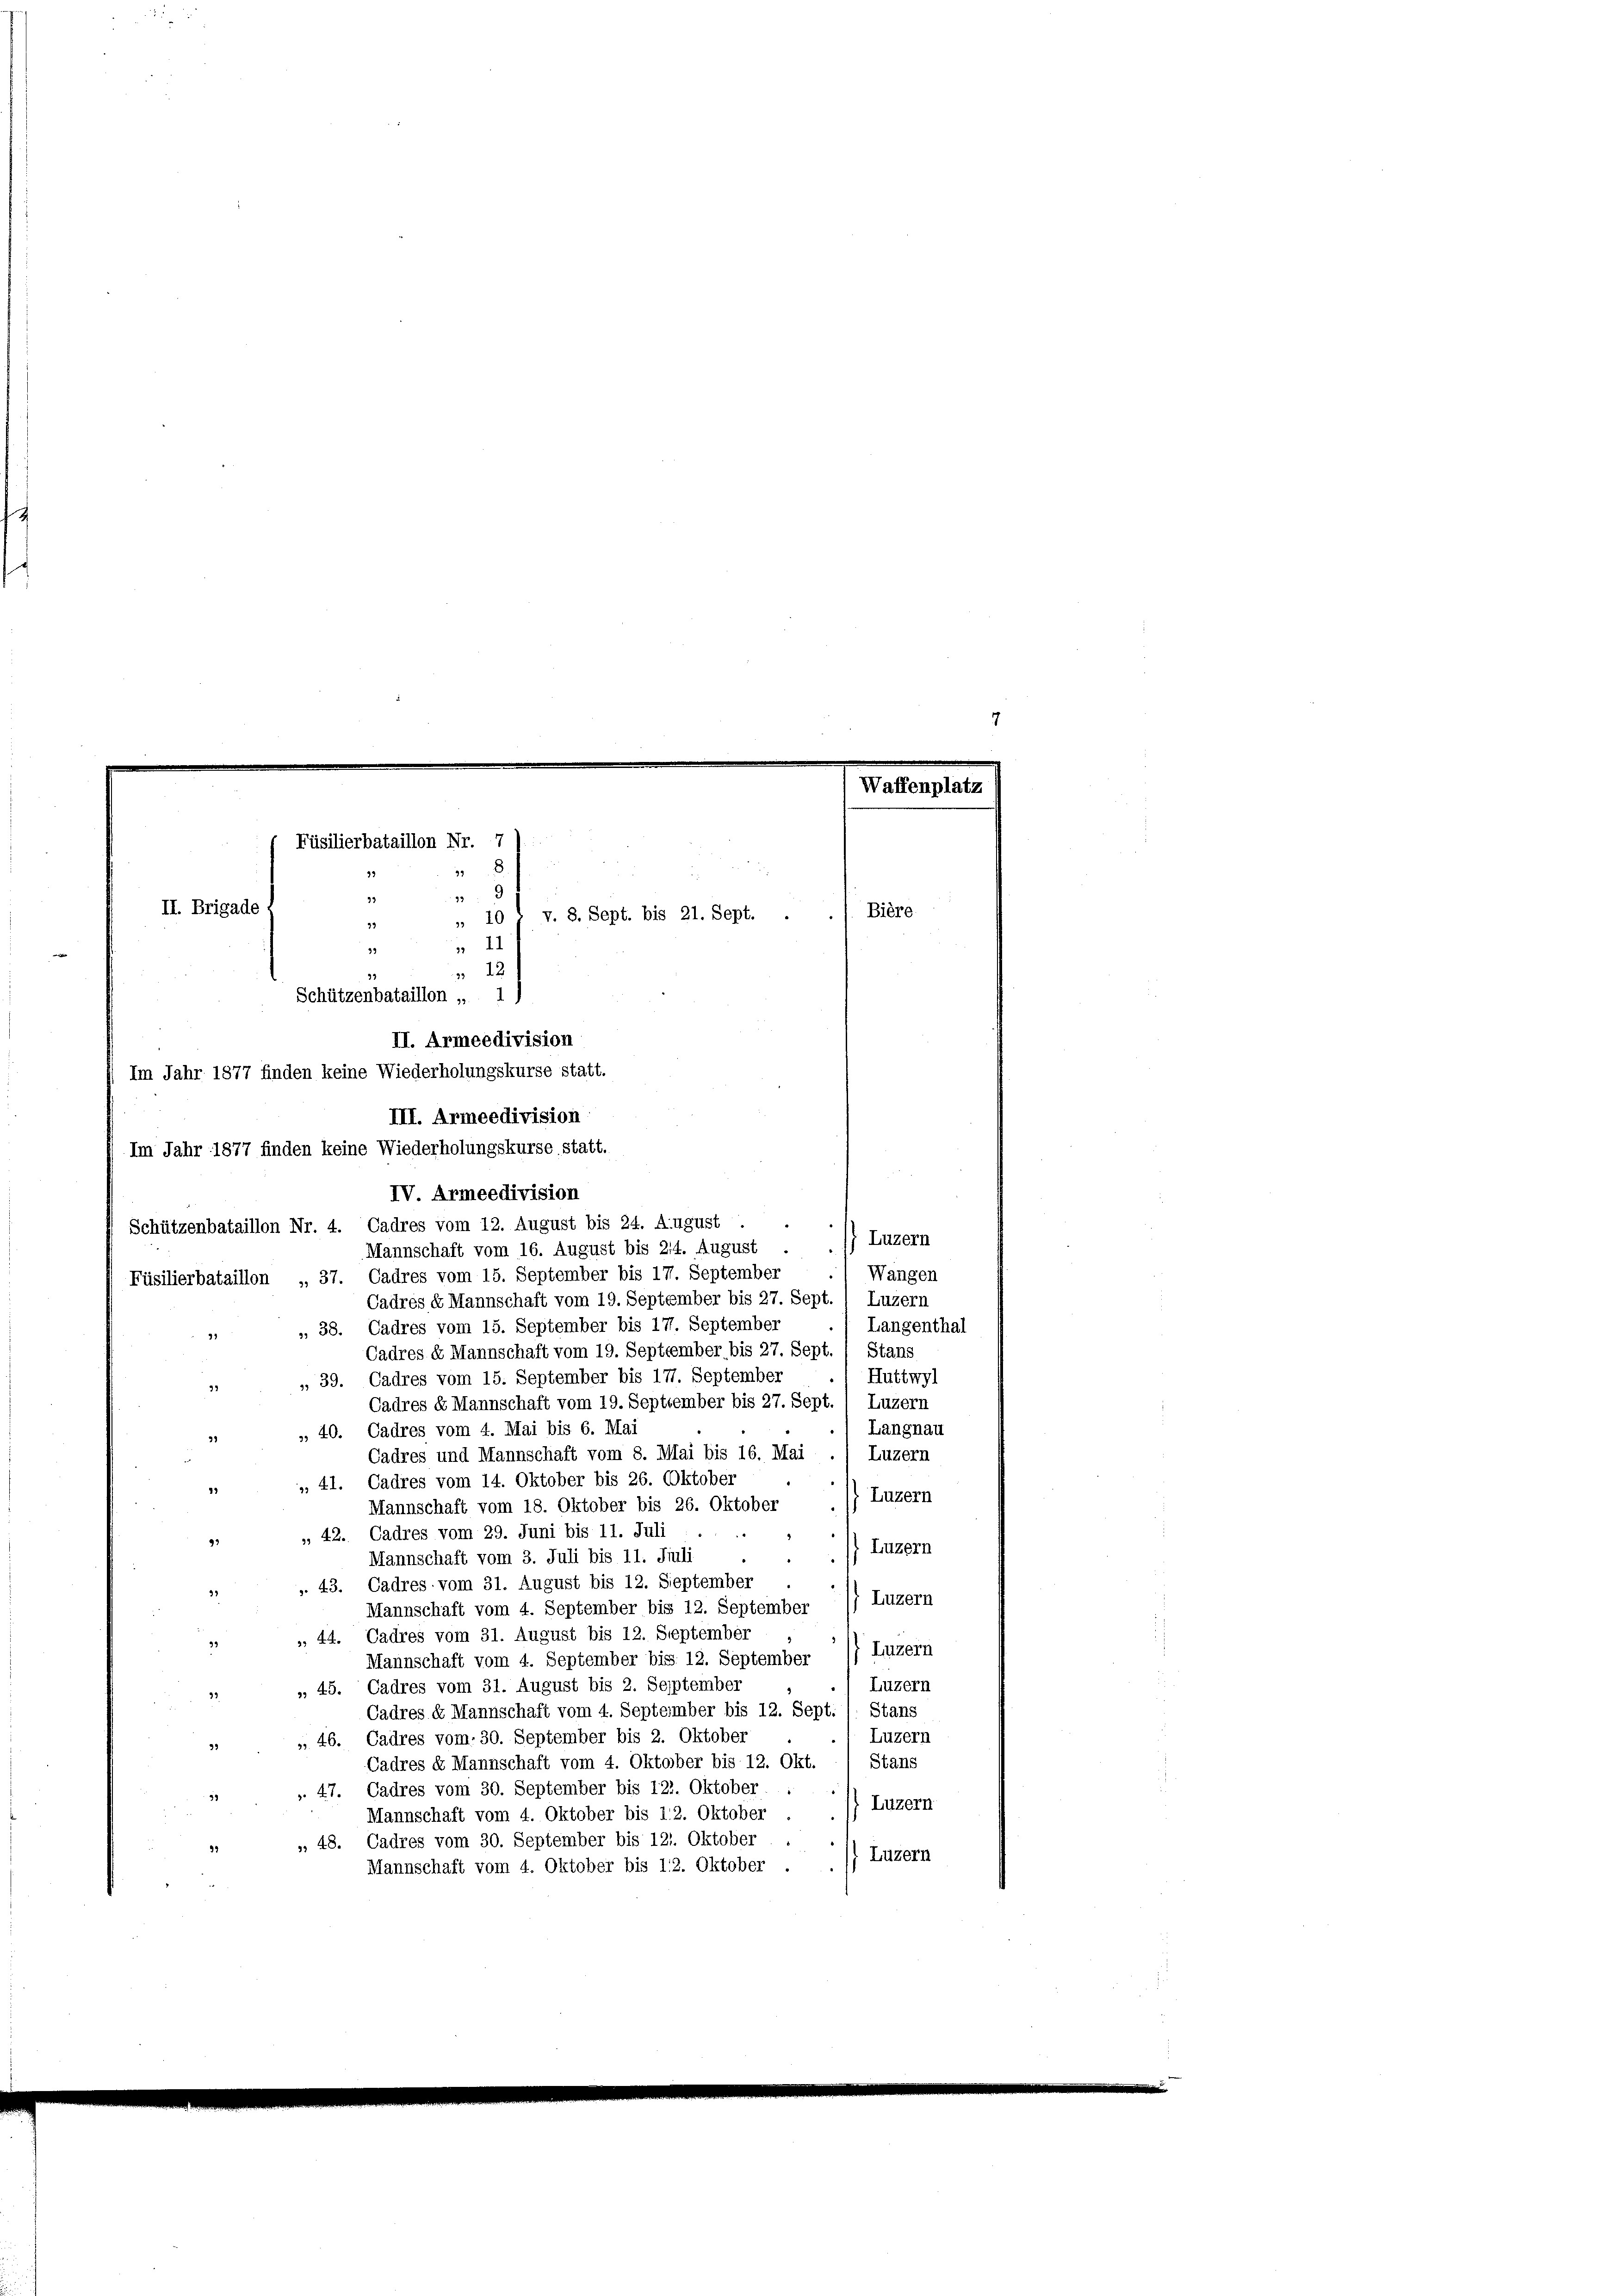
Füsilierbataillon Nr. 7
39
33
19
33
II. Brigade
 10 t v. 8. Sept. bis 21. Sept.
33

99
 22
32

Schützenbataillon „ 1)
II. Armeedivision
Im Jahr 1877 finden keine Wiederholungskurse statt.
III. Armeedivision
Im Jahr 1877 finden keine Wiederholungskurse statt.
IV. Armeedivision
Schützenbataillon Nr. 4. Cadres vom 12. August bis 24. August
Mannschaft vom 16. August bis 214. August
Füsilierbataillon „37. Cadres vom 15. September bis 17. September
Cadres & Mannschaft vom 19. September bis 27. Sept. / Luzern
Langenthal
„ 38. Cadres vom 15. September bis 17. September
91
Cadres u. Mannschaft vom 19. September bis 27. Sept. / Stans
Huttwyl
 39. Cadres vom 15. September bis 17. September
Luzern
Cadres u. Mannschaft vom 19. September bis 27. Sept
Langnau
», 40. Cadres vom 4. Mai bis 6. Mai
Luzern
Cadres und Mannschaft vom 8. Mai bis 16. Mai
 41. Cadres vom 14. Oktober bis 26. Oktober
Luzern
Mannschaft vom 18. Oktober bis 26. Oktober
» 42. Cadres vom 29. Juni bis 11. Juli
93
Luzern
.
Mannschaft vom 3. Juli bis 11. Juli
. 43. Cadres vom 31. August bis 12. September
Mannschaft vom 4. September bis 12. September 1) Luzern
» 44. Cadres vom 31. August bis 12. September
Mannschaft vom 4. September bis 12. September 1) Luzern
Luzern
„ 45. Cadres vom 31. August bis 2. September
Cadres & Mannschaft vom 4. September bis 12. Sept. / Stans
Luzern
» 46. Cadres vom 30. September bis 2. Oktober
Stans
Cadres d. Mannschaft vom 4. Oktober bis 12. Okt.
» 47. Cadres vom 30. September bis 121. Oktober.
Luzern
Mannschaft vom 4. Oktober bis 12. Oktober
» 48. Cadres vom 30. September bis 121. Oktober
Luzern
Mannschaft vom 4. Oktober bis 12. Oktober

Bière

Luzern
Wangen